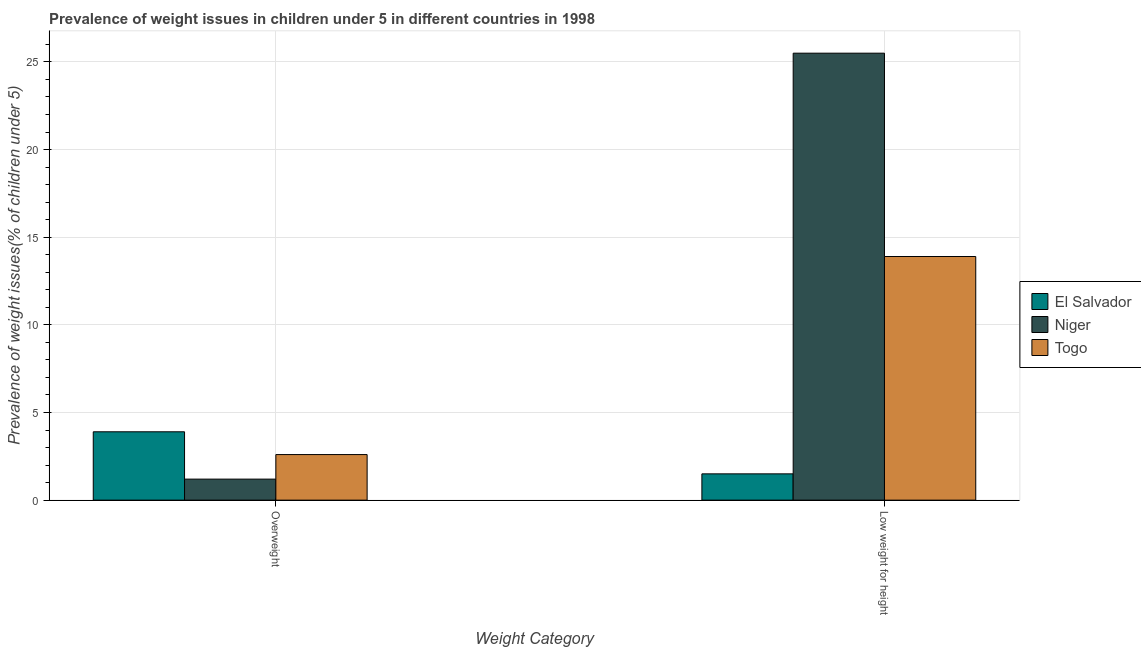
| Weight Category | El Salvador | Niger | Togo |
 | --- | --- | --- | --- |
 | Overweight | 3.9 | 1.2 | 2.6 |
 | Low weight for height | 1.5 | 25.5 | 13.9 |